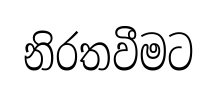
නිරතවීමට